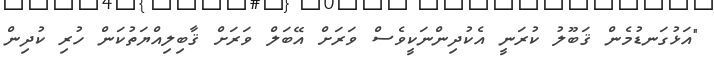
"އަޅުގަނޑުމެން ޤަބޫލު ކުރަނީ އެކުދިންނަކީވެސް ވަރަށް އޭބަލް ވަރަށް ޤާބިލިއްޔަތުކަން ހުރި ކުދިން